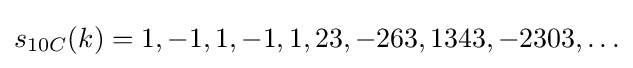
s_{10C}(k)=1,-1,1,-1,1,23,-263,1343,-2303,\ldots